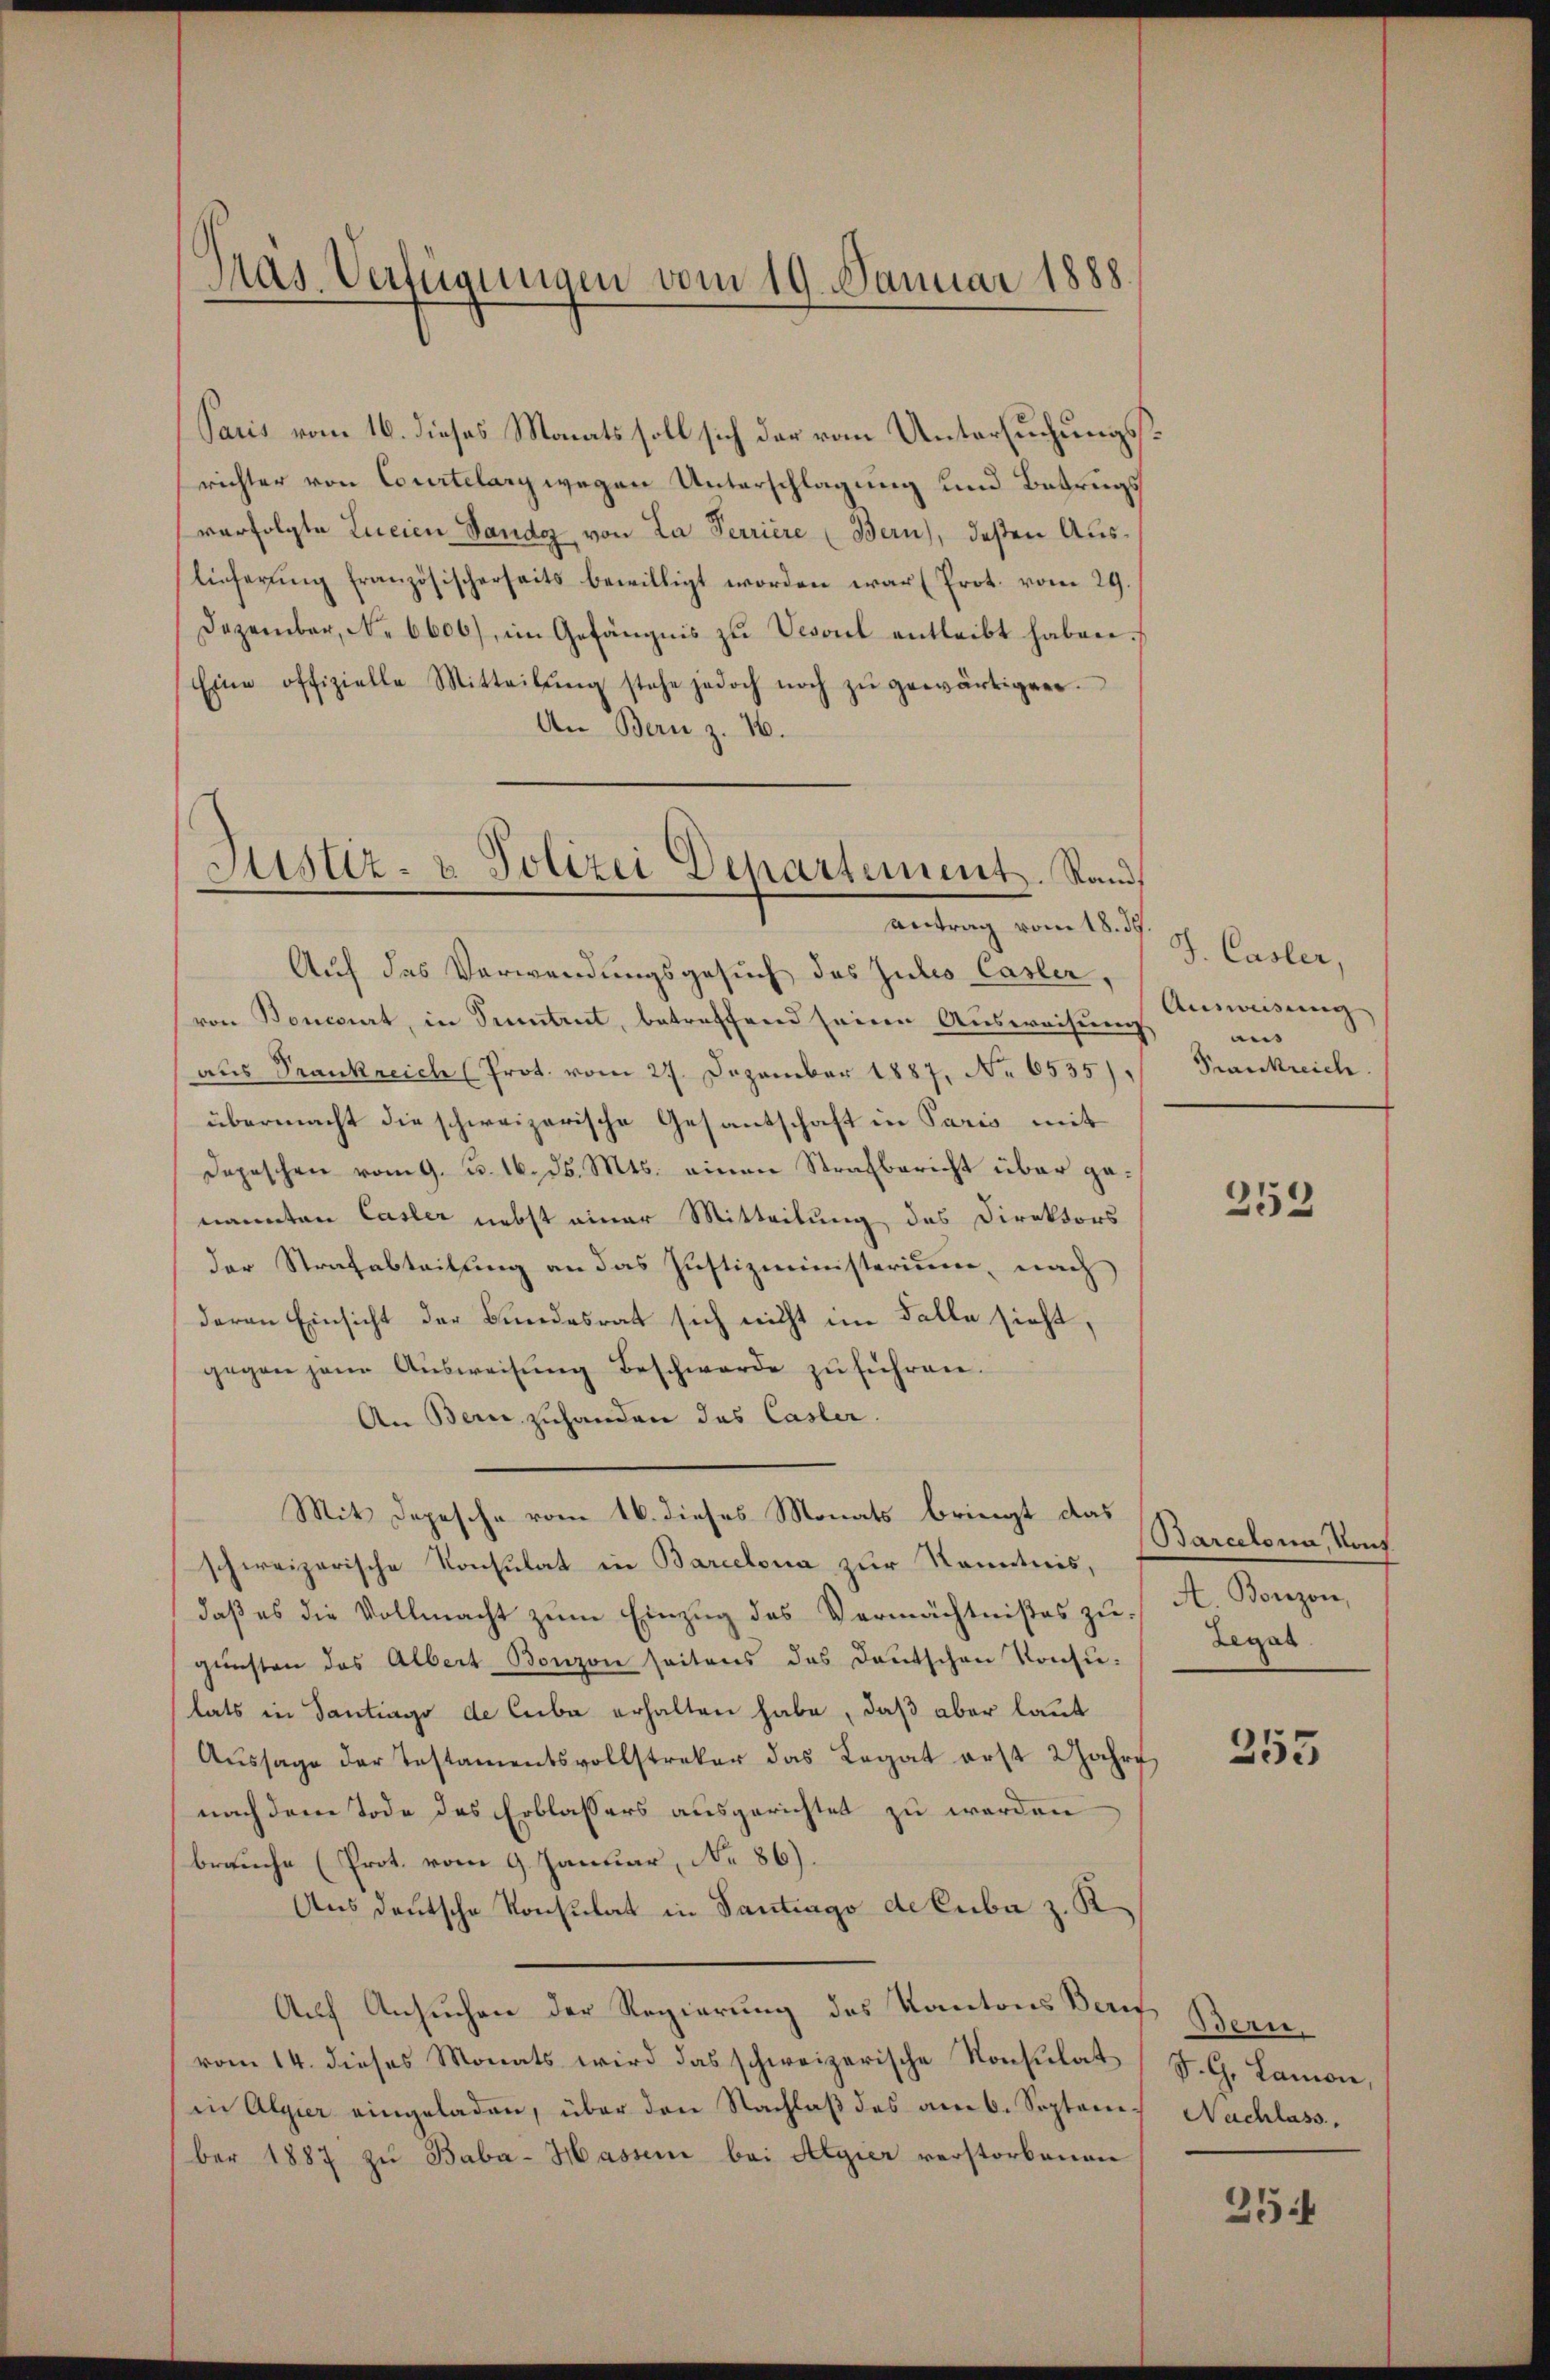
Gras Verfügungen vom 19. Januar 1888.

Paris vom 16. dieses Monats soll sich der vom Untersuchungsrichter von Courtelary wegen Unterschlagung und Betrugs
verfolgte Lucien Sando von La Perriere (Bern), deßen Auslieferung französischerseits bewilligt worden war (Prot. vom 29.
Dezember, No 6600) im Gefängnis zŭ Vesoul entleibt haben.
Eine offizielle Mitteilŭng stehe jedoch noch zŭ gewärtigen.
An Bern z. 16.
Antrag vom 18. 39
Auf das Verwendungsgesuch des Julio Casler,
von Boncorat, in Sentent, betreffend seine Ausweisung
aus Frankreiche (Prot. vom 27. Dezember 1887, No 6535),
übermacht die schweizerische Gesantschaft in Paris mit
Depeschen vom 9. u. 16. d. Mts. einen Strafbericht über genannten Casler nebst einer Mitteilung des Direktors
der Strafabteilung an das Justizministerium, nach
deren Einsicht der Bundesrat sich nicht im Falle sieht,
gegen jene Aŭsweisŭng beschwerde zŭ führen.
An Bern zuhanden das Casler.
Mit Depesche vom 16. dieses Monats bringt das Rercelona, Kauf
schweizerische Konsulat in Barcelona zur Kenntnis,
daß es die Vollmacht zum Einzug des Vermächtnißes zu A. Bonzon,
gŭnsten das Albert Bonzon seitens des Deutschen Konsu-
tats in Santiago de liebe erhalten habe, daß aber laut
Aŭssage der Testamentsvollstreker das Legat erst 2 Jahre
nach dem Tode des Erblassers ausgerichtet zu werden
brauche (Prot. vom 9. Januar, No 86).
Aus deutsche Konsulat in Santrago de Cuba z. K.
Auf Ansuchen der Regierung des Kantons Beruf Bern
vom 14. dieses Monats wird das schweizerische Konsulat (S. G. Lanion,
in Algier eingeladen, über den Nachlaß des am 6. Septone
ber 1887 zu Baba- Hassen bei Algier verstorbenen

Justiz- & Polizei Departement. Stand

J. Casler,
Ausweisung
uns
Frankreich

252

Legat

253

Nachlass.

254